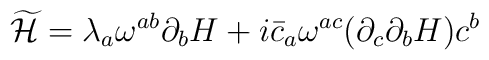
\widetilde{\cal H}=\lambda_a\omega^{ab}\partial_bH+i\bar{c}_a\omega^{ac}(\partial_c\partial_bH)c^b